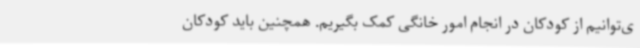
ی‌توانیم از کودکان در انجام امور خانگی کمک بگیریم. همچنین باید کودکان